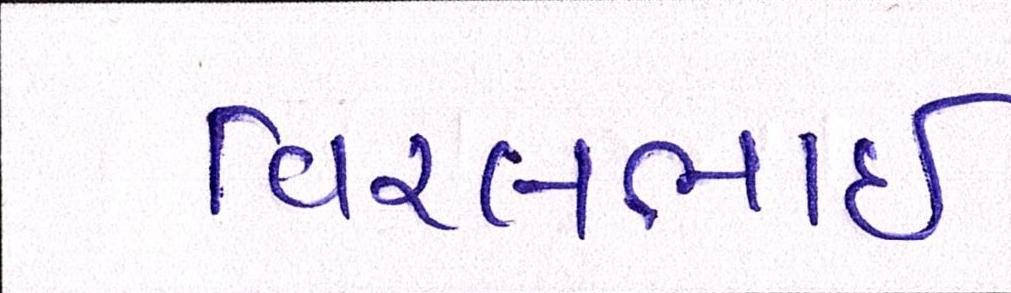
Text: વિરલભાઇ